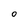
Character: O